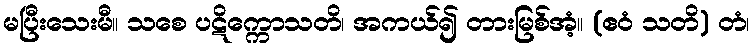
မပြီးသေးမီ။ သစေ ပဋိက္ကောသတိ၊ အကယ်၍ တားမြစ်အံ့။ (ဧဝံ သတိ) တံ၊